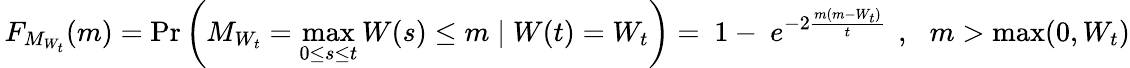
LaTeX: \, F_{M_{W_{t}}}(m)=\operatorname*{Pr}\left(M_{W_{t}}=\operatorname*{max}_{0\leq s\leq t}W(s)\leq m\mid W(t)=W_{t}\right)=\ 1-\ e^{-2{\frac{m(m-W_{t})}{t}}}\ \, ,\, \ \ m>\operatorname*{max}(0,W_{t})